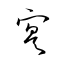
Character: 寔